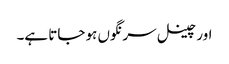
اور چینل سرنگوں ہو جاتا ہے۔